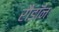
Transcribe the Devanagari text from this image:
रौडॉन